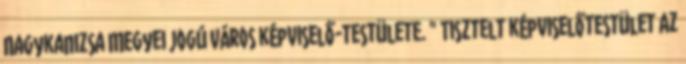
Nagykanizsa Megyei Jogú Város képviselő-testülete. " Tisztelt képviselőtestület Az